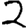
Digit: 2